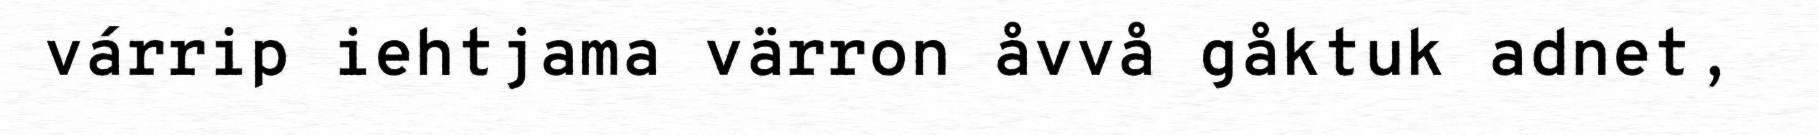
várrip iehtjama värron åvvå gåktuk adnet,